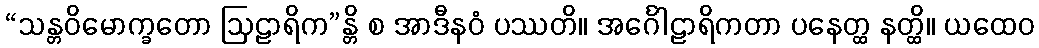
“သန္တဝိမောက္ခတော ဩဠာရိက”န္တိ စ အာဒီနဝံ ပဿတိ။ အင်္ဂေါဠာရိကတာ ပနေတ္ထ နတ္ထိ။ ယထေဝ